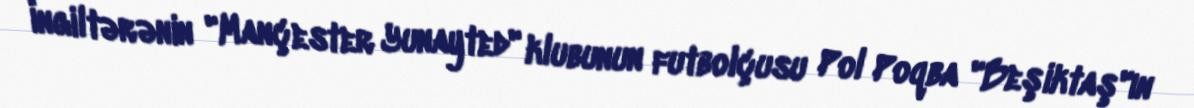
İngiltərənin "Mançester Yunayted" klubunun futbolçusu Pol Poqba "Beşiktaş"ın